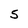
Character: 5